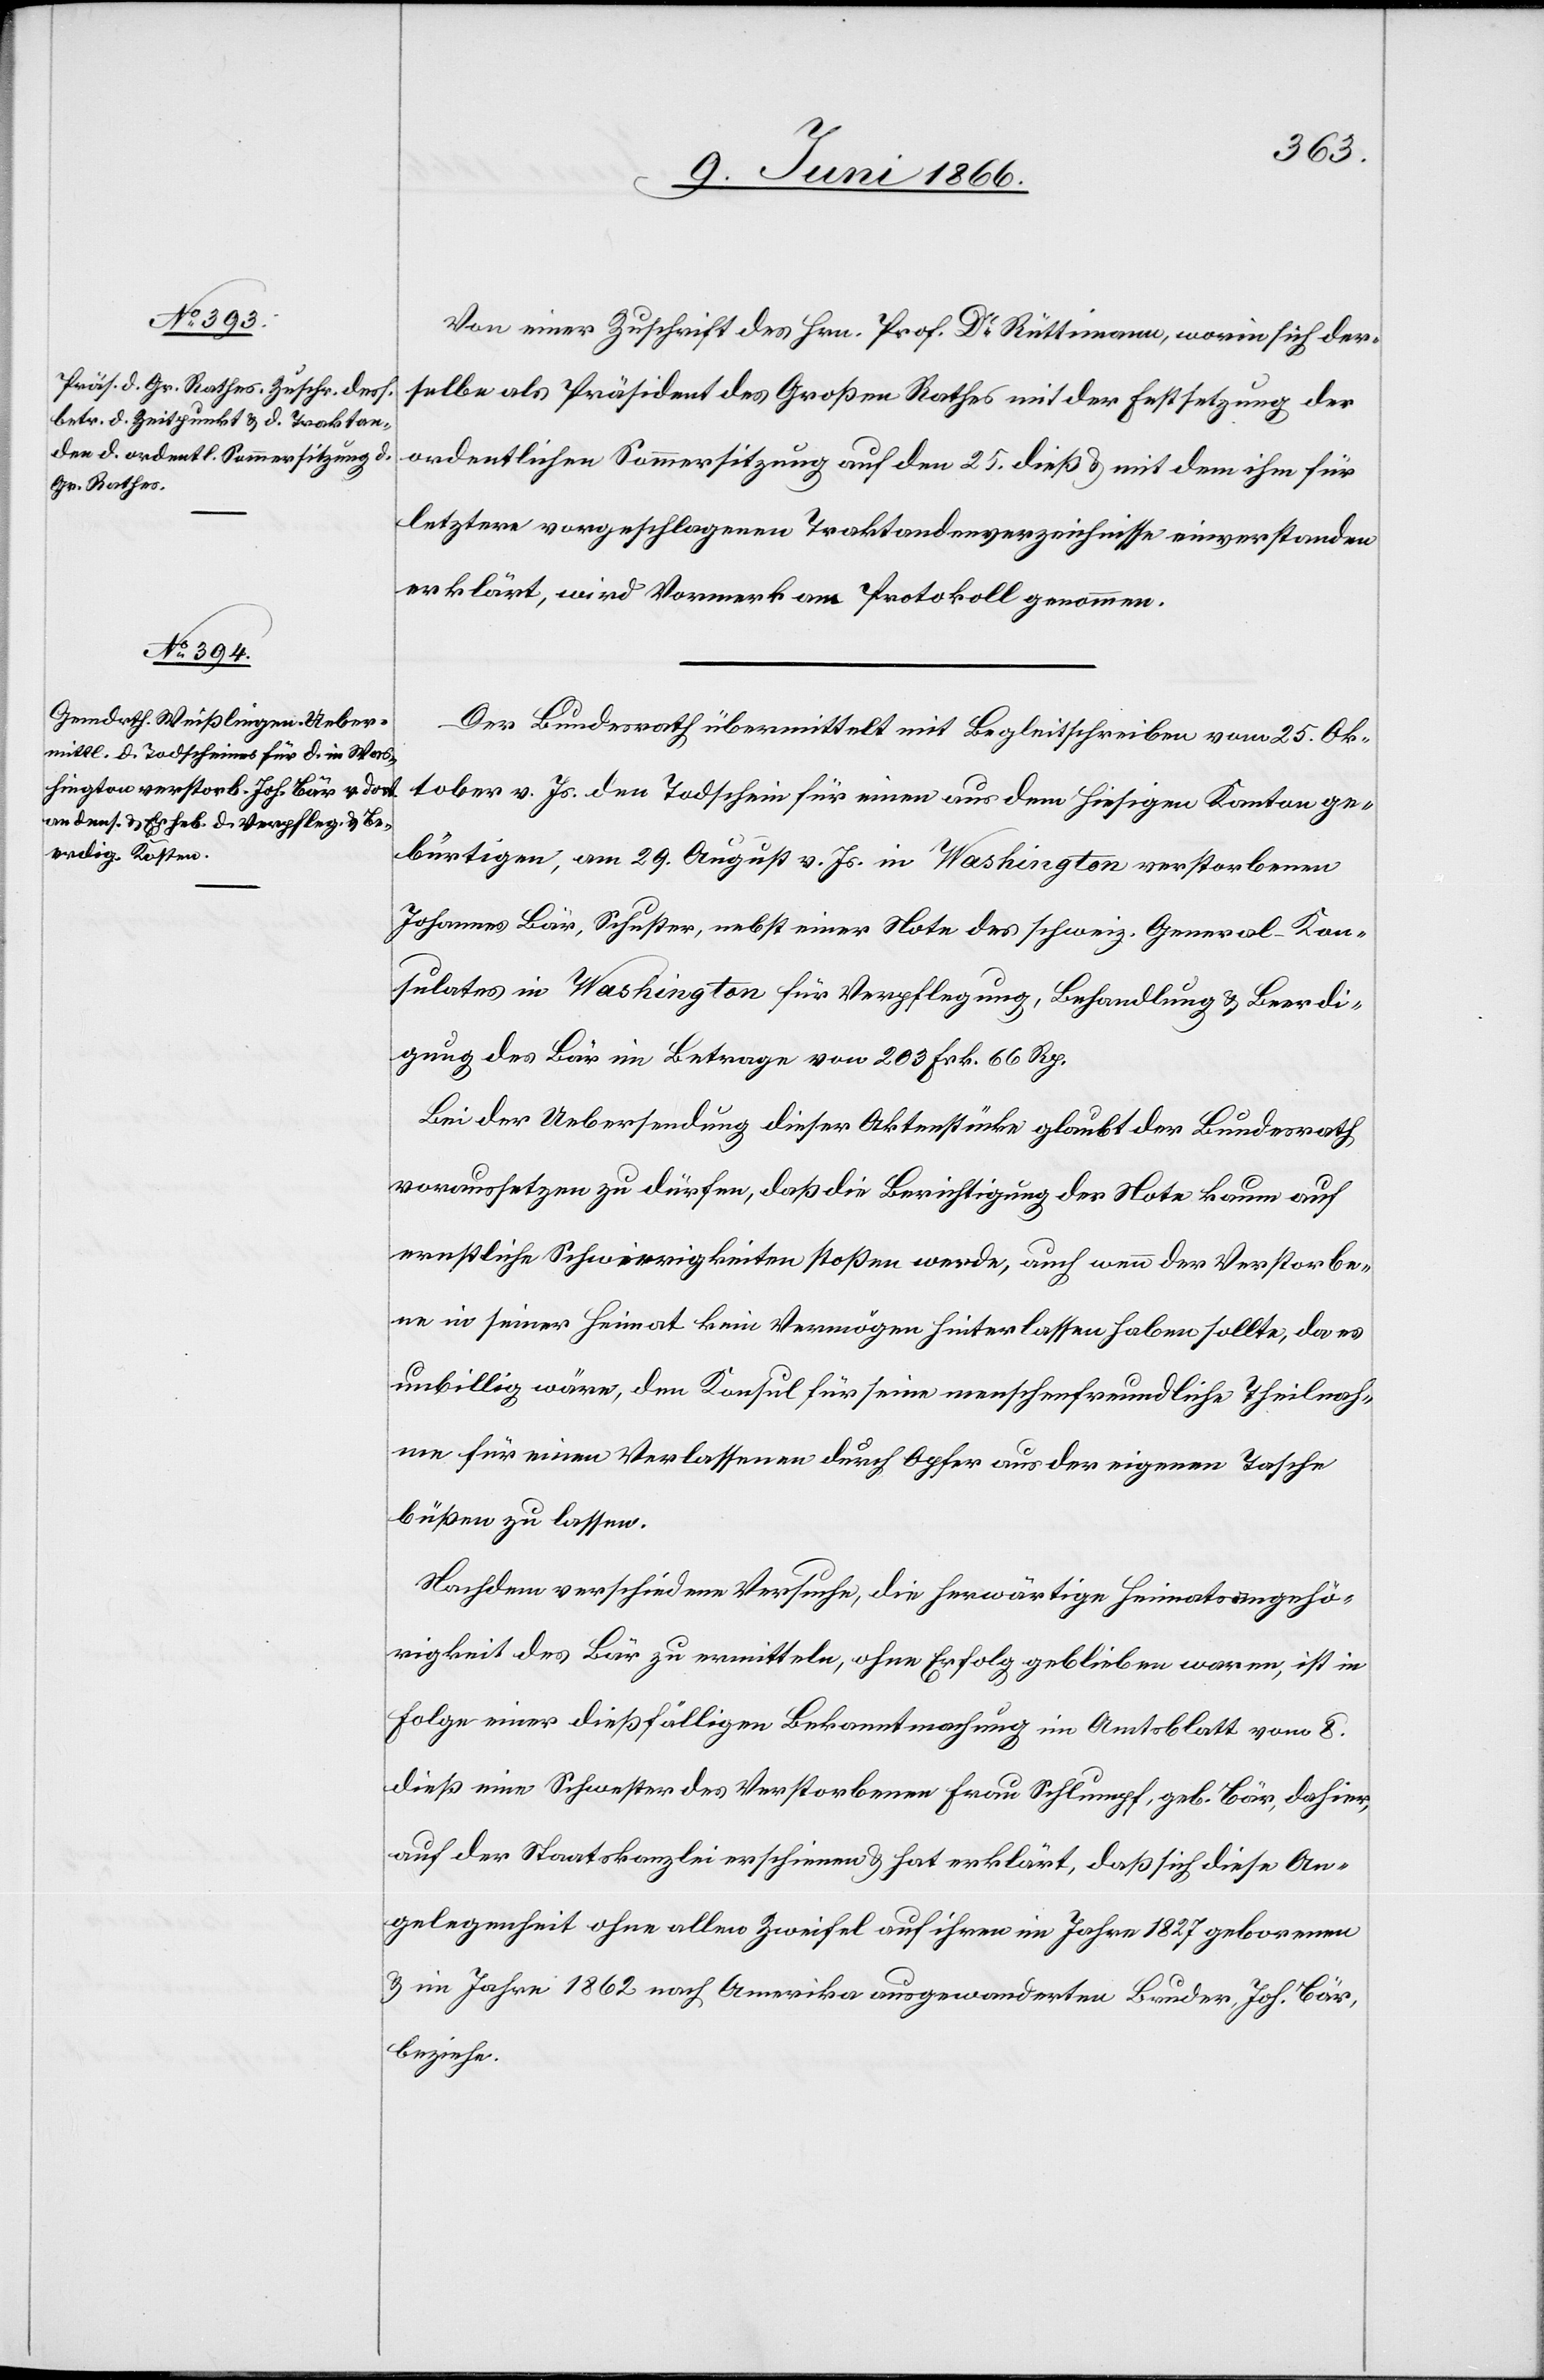
11. Juni 1866.]
Von einer Zuschrift des Hrn. Prof. Dr. Rüttimann, worin sich der¬
selbe als Präsident des Großen Rathes mit der Festsetzung der
ordentlichen Sommersitzung auf den 25. dieß u. mit dem ihm für
letztere vorgeschlagenen Traktandenverzeichnisse einverstanden
erklärt, wird Vormerk am Protokoll genommen.
Der Bundesrath übermittelt mit Begleitschreiben vom 25. Ok¬
tober v. Js. den Todschein für einen aus dem hiesigen Kanton ge¬
bürtigen, am 29. August v. Js. in Washington verstorbenen
Johannes Bär, Schuster, nebst einer Note des schweiz. General-Kon¬
sulates in Washington für Verpflegung, Behandlung u. Beerdi¬
gung des Bär im Betrage von 203 Frk. 66 Rp.
Bei der Uebersendung dieser Aktenstücke glaubt der Bundesrath
voraussetzen zu dürfen, daß die Berichtigung der Note kaum auf
ernstliche Schwierigkeiten stoßen werde, auch wenn der Verstorbe¬
ne in seiner Heimat kein Vermögen hinterlassen haben sollte, da es
unbillig wäre, den Konsul für seine menschenfreundliche Theilnah¬
me für einen Verlassenen durch Opfer auf der eigenen Tasche
büßen zu lassen.
Nachdem verschiedene Versuche, die herwärtige Heimatsangehö¬
rigkeit des Bär zu ermitteln, ohne Erfolg geblieben waren, ist in
Folge einer dießfälligen Bekanntmachung im Amtsblatt vom 8.
dieß eine Schwester des Verstorbenen Frau Schlumpf, geb. Bär, dahier,
auf der Staatskanzlei erschienen u. hat erklärt, daß sich diese An¬
gelegenheit ohne allen Zweifel auf ihren im Jahre 1827 geborenen
u. im Jahre 1862 nach Amerika ausgewanderten Bruder, Joh. Bär,
beziehe.